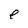
Character: e